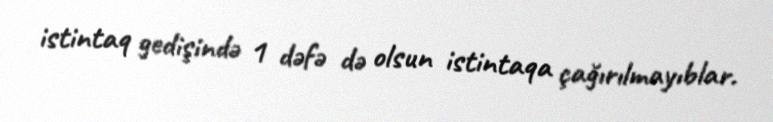
istintaq gedişində 1 dəfə də olsun istintaqa çağırılmayıblar.